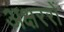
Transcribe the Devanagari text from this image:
अक्षररों